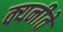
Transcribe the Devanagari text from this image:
क्यनीते